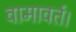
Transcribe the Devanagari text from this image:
वामावर्त।